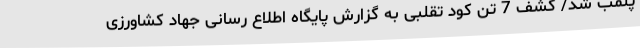
پلمب شد/ کشف 7 تن کود تقلبی به گزارش پایگاه اطلاع رسانی جهاد کشاورزی